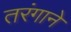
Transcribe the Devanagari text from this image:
तरंगाने